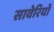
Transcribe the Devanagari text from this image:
सावेरियों